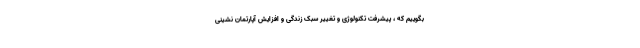
بگوییم که ، پیشرفت تکنولوژی و تغییر سبک زندگی و افزایش آپارتمان نشینی